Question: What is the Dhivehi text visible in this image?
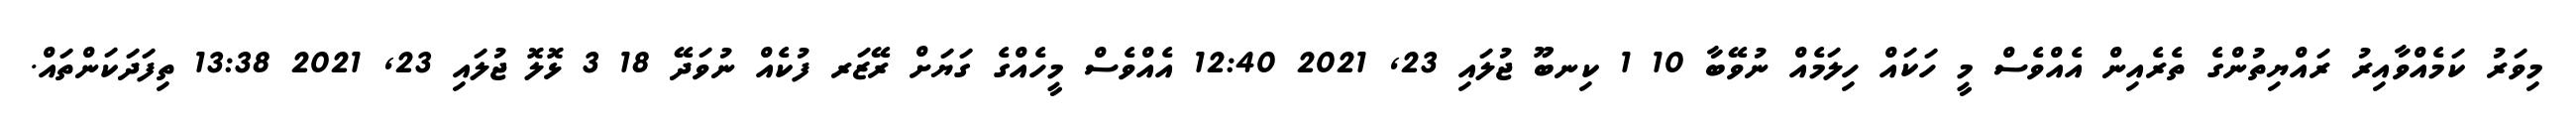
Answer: މިވަރު ކަމެއްވާއިރު ރައްޔިތުންގެ ތެރެއިން އެއްވެސް މީ ހަކައް ހިލަމެއް ނުވޭބާ 10 1 ކިނބޫ ޖުލައި 23, 2021 12:40 އެއްވެސް މީހެއްގެ ގަޔަށް ރޭޒަރ ފުކެއް ނުވަދޭ 18 3 ޅޮލޮ ޖުލައި 23, 2021 13:38 ތިފަދަކަންތައް.